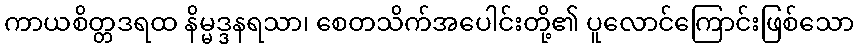
ကာယစိတ္တဒရထ နိမ္မဒ္ဒနရသာ၊ စေတသိက်အပေါင်းတို့၏ ပူလောင်ကြောင်းဖြစ်သော